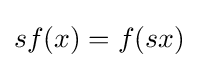
sf(x)=f(sx)